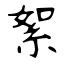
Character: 絮